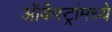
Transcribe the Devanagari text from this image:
ऑर्केस्ट्रांमध्ये